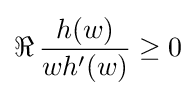
\Re \,{h(w) \over wh^{\prime }(w)}\geq 0